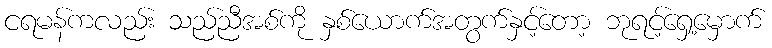
ငရမန်ကလည်း သည်ညီအစ်ကို နှစ်ယောက်အတွက်နှင့်တော့ ဘုရင့်ရှေ့မှောက်